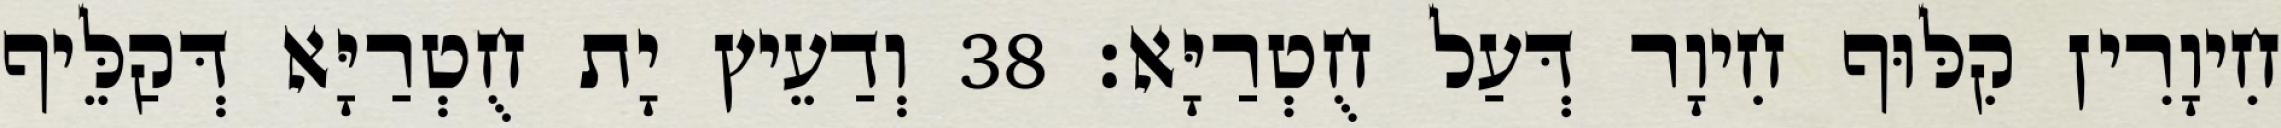
חִיוָרִין קִלּוּף חִיוָר דְּעַל חֻטְרַיָּא׃ 38 וְדַעֵיץ יָת חֻטְרַיָּא דְּקַלֵּיף